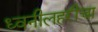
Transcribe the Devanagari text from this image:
ध्वनीलहरींचा